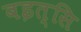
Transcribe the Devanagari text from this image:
बइत्सि